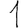
Digit: 1